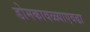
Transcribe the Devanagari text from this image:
डोमकावळ्याएवढा